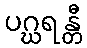
ပဂ္ဃရန္တီ